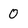
Character: 0